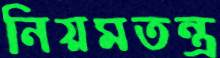
নিয়মতন্ত্র